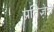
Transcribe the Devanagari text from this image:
प्रतिज्ञेचे